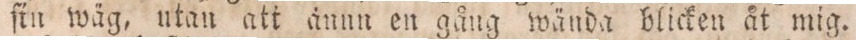
ſin wäg, utan att ännu en gång wända blicken åt mig.